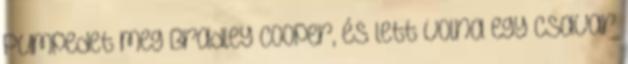
Pumpedet meg Bradley Cooper, és lett volna egy csavar